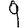
Digit: 9